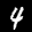
Label: 4